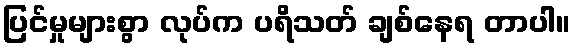
ပြင်မှုများစွာ လုပ်က ပရိသတ် ချစ်နေရ တာပါ။